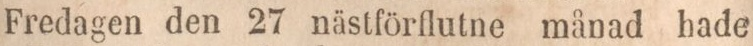
Fredagen den 27 nästförflutne månad hade